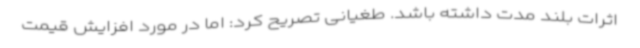
اثرات بلند مدت داشته باشد. طغیانی تصریح کرد: اما در مورد افزایش قیمت